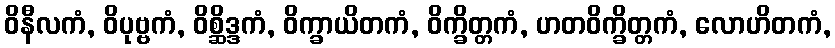
ဝိနီလကံ, ဝိပုဗ္ဗကံ, ဝိစ္ဆိဒ္ဒကံ, ဝိက္ခာယိတကံ, ဝိက္ခိတ္တကံ, ဟတဝိက္ခိတ္တကံ, လောဟိတကံ,